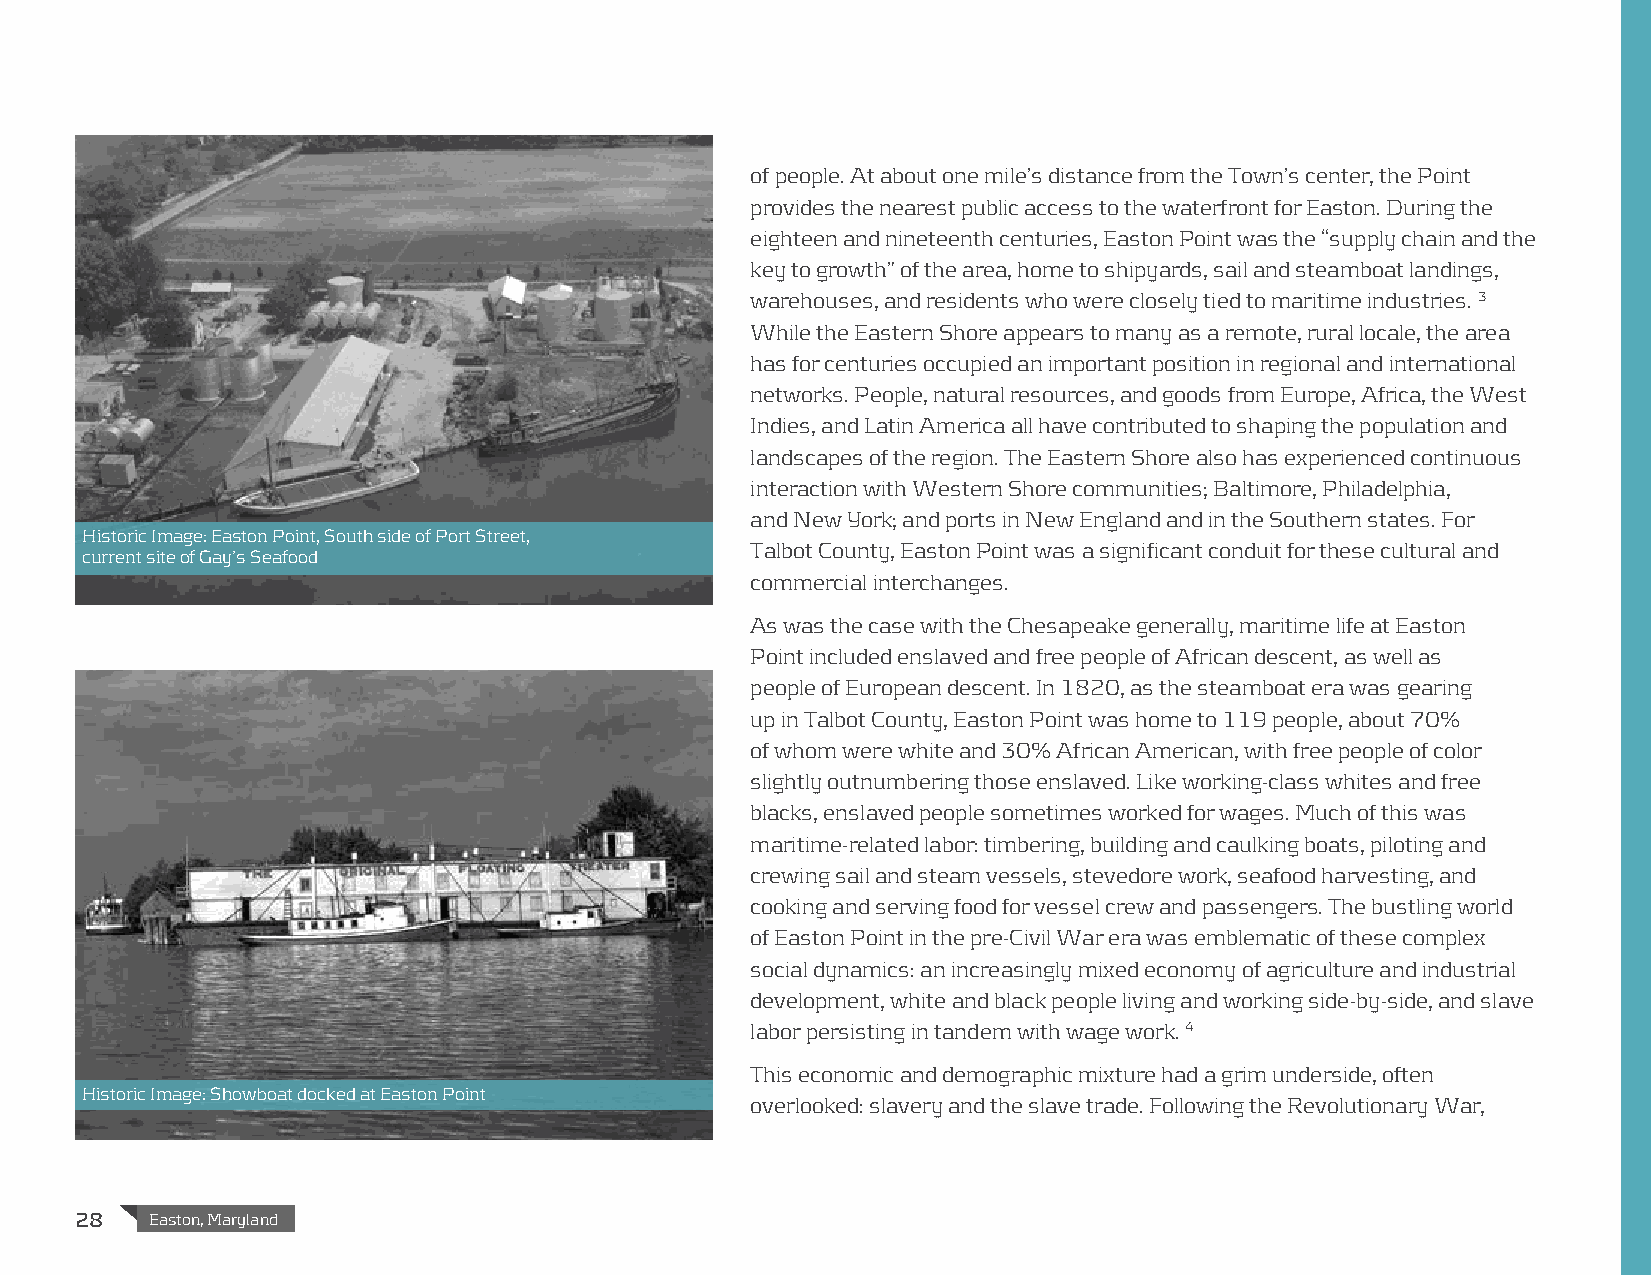
of people. At about one mile’s distance from the Town’s center, the Point
 provides the nearest public access to the waterfront for Easton. During the
 eighteen and nineteenth centuries, Easton Point was the “supply chain and the
 key to growth” of the area, home to shipyards, sail and steamboat landings,
 warehouses, and residents who were closely tied to maritime industries. 3
 While the Eastern Shore appears to many as a remote, rural locale, the area
 has for centuries occupied an important position in regional and international
 networks. People, natural resources, and goods from Europe, Africa, the West
 Indies, and Latin America all have contributed to shaping the population and
 landscapes of the region. The Eastern Shore also has experienced continuous
 interaction with Western Shore communities; Baltimore, Philadelphia,
 and New York; and ports in New England and in the Southern states. For
 Historic Image: Easton Point, South side of Port Street,
 Talbot County, Easton Point was a significant conduit for these cultural and
 current site of Gay’s Seafood
 commercial interchanges.
 As was the case with the Chesapeake generally, maritime life at Easton
 Point included enslaved and free people of African descent, as well as
 people of European descent. In 1820, as the steamboat era was gearing
 up in Talbot County, Easton Point was home to 119 people, about 70%
 of whom were white and 30% African American, with free people of color
 slightly outnumbering those enslaved. Like working-class whites and free
 blacks, enslaved people sometimes worked for wages. Much of this was
 maritime-related labor: timbering, building and caulking boats, piloting and
 crewing sail and steam vessels, stevedore work, seafood harvesting, and
 cooking and serving food for vessel crew and passengers. The bustling world
 of Easton Point in the pre-Civil War era was emblematic of these complex
 social dynamics: an increasingly mixed economy of agriculture and industrial
 development, white and black people living and working side-by-side, and slave
 labor persisting in tandem with wage work. 4
 This economic and demographic mixture had a grim underside, often
 Historic Image: Showboat docked at Easton Point
 overlooked: slavery and the slave trade. Following the Revolutionary War,
 28   Easton, Maryland